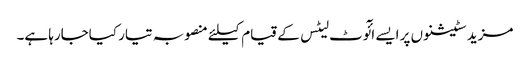
مزید سٹیشنوں پر ایسے ائٓوٹ لیٹس کے قیام کیلئے منصوبہ تیار کیاجارہا ہے۔